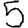
Digit: 5